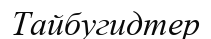
Тайбугидтер